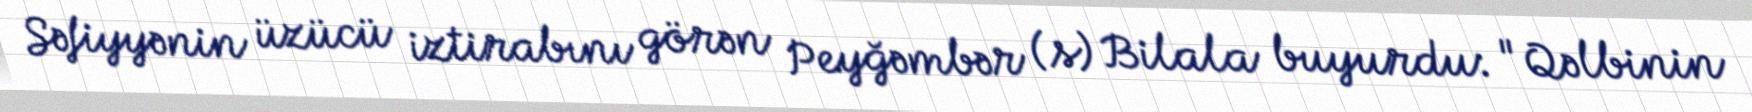
Səfiyyənin üzücü iztirabını görən Peyğəmbər (s) Bilala buyurdu: "Qəlbinin